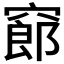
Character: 𥧫